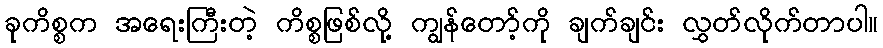
ခုကိစ္စက အရေးကြီးတဲ့ ကိစ္စဖြစ်လို့ ကျွန်တော့်ကို ချက်ချင်း လွှတ်လိုက်တာပါ။